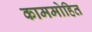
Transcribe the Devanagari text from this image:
काममोहित